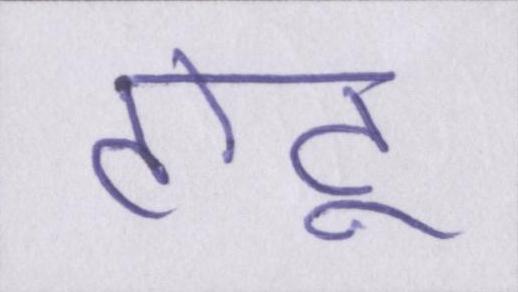
टोटू